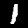
Digit: 1